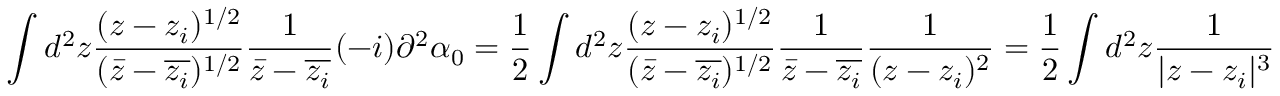
\int d ^ { 2 } z \frac { ( z - z _ { i } ) ^ { 1 / 2 } } { ( \bar { z } - \overline { { z _ { i } } } ) ^ { 1 / 2 } } \frac { 1 } { \bar { z } - \overline { { z _ { i } } } } ( - i ) \partial ^ { 2 } \alpha _ { 0 } = \frac { 1 } { 2 } \int d ^ { 2 } z \frac { ( z - z _ { i } ) ^ { 1 / 2 } } { ( \bar { z } - \overline { { z _ { i } } } ) ^ { 1 / 2 } } \frac { 1 } { \bar { z } - \overline { { z _ { i } } } } \frac { 1 } { ( z - z _ { i } ) ^ { 2 } } = \frac { 1 } { 2 } \int d ^ { 2 } z \frac { 1 } { | z - z _ { i } | ^ { 3 } }